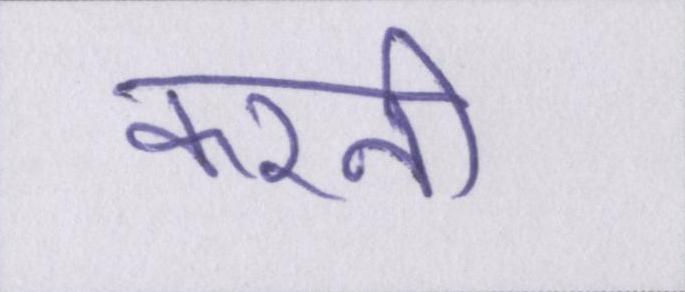
करनी